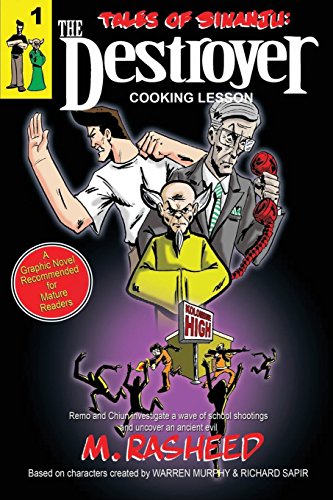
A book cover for Tales of Sinanju: The Destroyer, book one "Cooking Lesson"; Muhammad Rasheed; Humor & Entertainment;